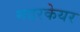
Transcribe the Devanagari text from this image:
मदरकेयर